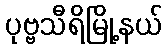
ပုဗ္ဗသီရိမြို့နယ်